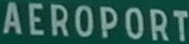
AEROPORT